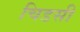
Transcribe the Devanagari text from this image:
चिडसी